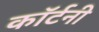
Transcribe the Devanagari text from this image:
काॅर्टनी